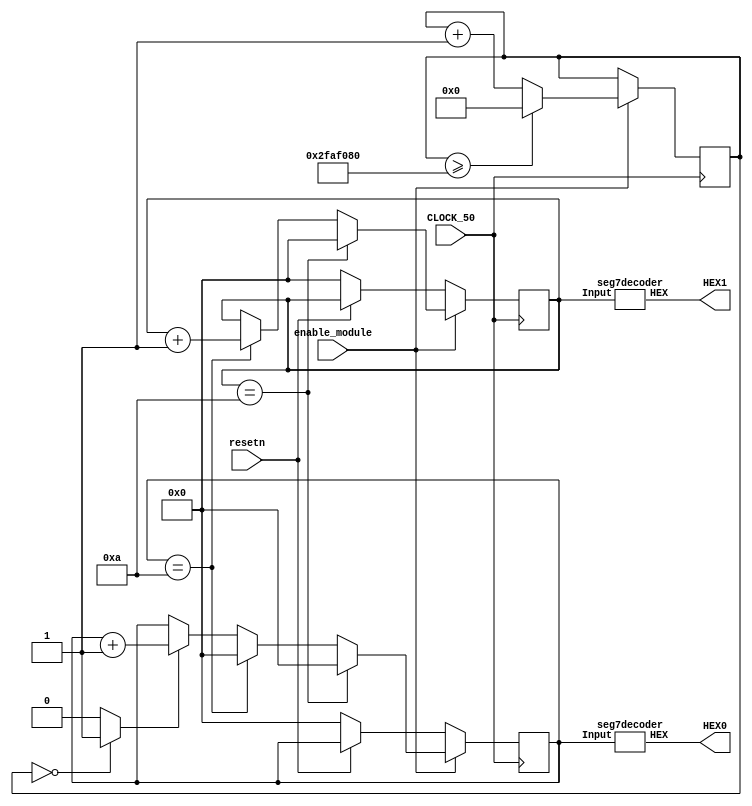
module decimalDisplay(enable_module,resetn,CLOCK_50, HEX0, HEX1);
    input CLOCK_50;
	 input enable_module;
	 
	input resetn;
	 
    output [6:0] HEX0;
    output [6:0] HEX1;
	 
	 
	 reg[26:0] count;
    reg [3:0] ones;
	 reg [3:0] tens;
    reg [26:0] counter;
    wire enable;

    initial ones <= 4'b0;
	 initial tens <= 4'b0;
    initial count <= 27'b010111110101111000010000000;
    initial counter <= 27'b000000000000000000000000000;
    assign enable_increment = (counter == 27'b000000000000000000000000000) ? 1 : 0;

    seg7decoder u1(ones, HEX0);
	 seg7decoder u2(tens, HEX1);

//    always@(*)
//        begin
//                2'b00: count = 27'b000000000000000000000000001;	50mhz
//                2'b01: count = 27'b001011111010111100001000000; 2 hz
//                2'b10: count = 27'b010111110101111000010000000; 1 hz
//                2'b11: count = 27'b101111101011110000100000000; 0.5 hz
//                default: count = 27'b000000000000000000000000001;
//            endcase
//        end

    always@(posedge CLOCK_50) begin
	if(enable_module)
        begin
            if (counter >= count)
                counter <= 27'b000000000000000000000000000;
            else
                counter <= counter + 1;

            if (enable_increment)
                ones <= ones + 1;
					 if(ones == 4'd10)
					 begin
						ones<=4'd0;
						tens<=tens+4'd1;
					end
					if(tens == 4'd10)
					 begin
						ones<=4'd0;
						tens<=4'd0;
					end
        end
	 else if(~resetn)begin
		 ones<=0;
		 tens<=0;
	 end
	end

endmodule

module seg7decoder (input [3:0]Input, output [6:0] HEX);
//Input[3] corresponds to c3, Input[2] to c2, Input[1] to c1, and Input[0] to c0

	assign HEX[0]= (~Input[3] & ~Input[2]  & ~Input[1]  & Input[0])+ (~Input[3] & Input[2]  & ~Input[1]  & ~Input[0]) + ( Input[3] & ~Input[2]  & Input[1]  & Input[0]) + (Input[3] & Input[2]  & ~Input[1]  &Input[0]);
	assign HEX[1]= (~Input[3] & Input[2]  & ~Input[1]  & Input[0]) + (~Input[3] & Input[2]  & Input[1]  & ~Input[0]) + (Input[3] & ~Input[2]  & Input[1]  & Input[0]) + (Input[3] & Input[2]  & ~Input[1]  & ~Input[0]) + (Input[3] & Input[2]  & Input[1]  & ~Input[0]) + (Input[3] & Input[2]  & Input[1]  & Input[0]);
	assign HEX[2]= (~Input[3] & ~Input[2]  & Input[1]  & ~Input[0]) + (Input[3] & Input[2]  & ~Input[1]  & ~Input[0]) + (Input[3] & Input[2]  & Input[1]  & ~Input[0]) + (Input[3] & Input[2]  & Input[1]  & Input[0]);
	assign HEX[3]= (~Input[3] & ~Input[2]  & ~Input[1]  & Input[0]) + (~Input[3] & Input[2]  & ~Input[1]  & ~Input[0]) + (~Input[3] & Input[2]  & Input[1]  & Input[0]) + (Input[3] & ~Input[2]  & ~Input[1]  & Input[0]) + (Input[3] & ~Input[2]  & Input[1]  & ~Input[0]) + (Input[3] & Input[2]  & Input[1]  & Input[0]);
	assign HEX[4]= (~Input[3] & ~Input[2]  & ~Input[1]  & Input[0]) + (~Input[3] & ~Input[2]  & Input[1]  & Input[0]) + (~Input[3] & Input[2]  & ~Input[1]  & ~Input[0]) + (~Input[3] & Input[2]  & ~Input[1]  & Input[0]) + (~Input[3] & Input[2]  & Input[1]  & Input[0]) + (Input[3] & ~Input[2]  & ~Input[1]  & Input[0]);
	assign HEX[5]= (~Input[3] & ~Input[2]  & ~Input[1]  & Input[0]) + (~Input[3] & ~Input[2]  & Input[1]  & ~Input[0]) + (~Input[3] & ~Input[2]  & Input[1]  & Input[0]) + (~Input[3] & Input[2]  & Input[1]  & Input[0]) + (Input[3] & Input[2]  & ~Input[1]  & Input[0]);
	assign HEX[6]= (~Input[3] & ~Input[2]  & ~Input[1]  & ~Input[0]) + (~Input[3] & ~Input[2]  & ~Input[1]  & Input[0]) + (~Input[3] & Input[2]  & Input[1]  & Input[0]) + (Input[3] & Input[2]  & ~Input[1]  & ~Input[0]);

endmodule